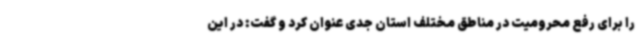
را برای رفع محرومیت در مناطق مختلف استان جدی عنوان کرد و گفت: در این